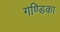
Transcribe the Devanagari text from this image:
गण्डिका